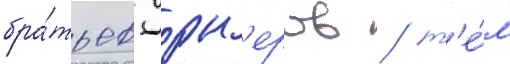
бра́тьев уорн'еров / т'е́м